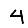
Digit: 4